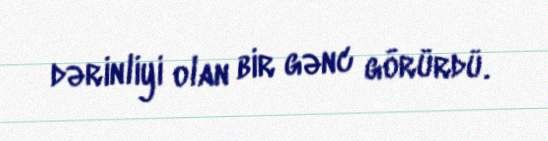
dərinliyi olan bir gənc görürdü.